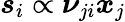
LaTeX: \boldsymbol{s}_{i}\propto\boldsymbol{\nu}_{ji}\boldsymbol{x}_{j}